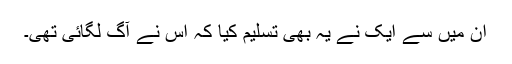
ان میں سے ایک نے یہ بھی تسلیم کیا کہ اس نے آگ لگائی تھی۔